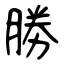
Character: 勝